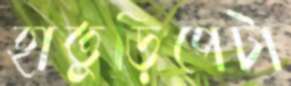
হাতুড়িপেটা